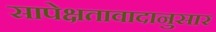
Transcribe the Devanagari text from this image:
सापेक्षतावादानुसार